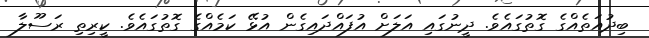
ބިދުއަތެއްގެ ގޮތުގައެވެ. ދީނުގައި އަލަށް އުފައްދައިގެން އުޅޭ ކަމެއްގެ ގޮތުގައެވެ. ކީރިތި ރަސޫލާ